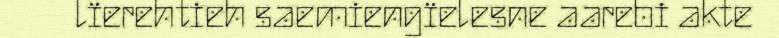
lïerehtieh saemiengïelesne aarebi akte